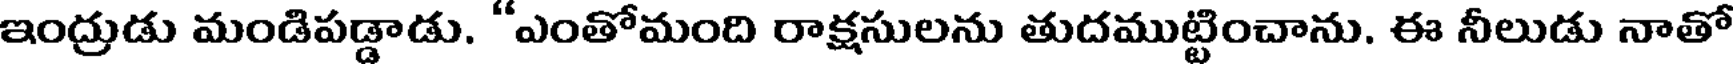
ఇంద్రుడు మండిపడ్డాడు. "ఎంతోమంది రాక్షసులను తుదముట్టించాను, ఈ నీలుడు నాతో